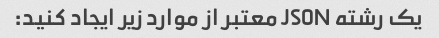
یک رشته JSON معتبر از موارد زیر ایجاد کنید: